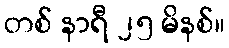
တစ် နာရီ ၂၅ မိနစ်။